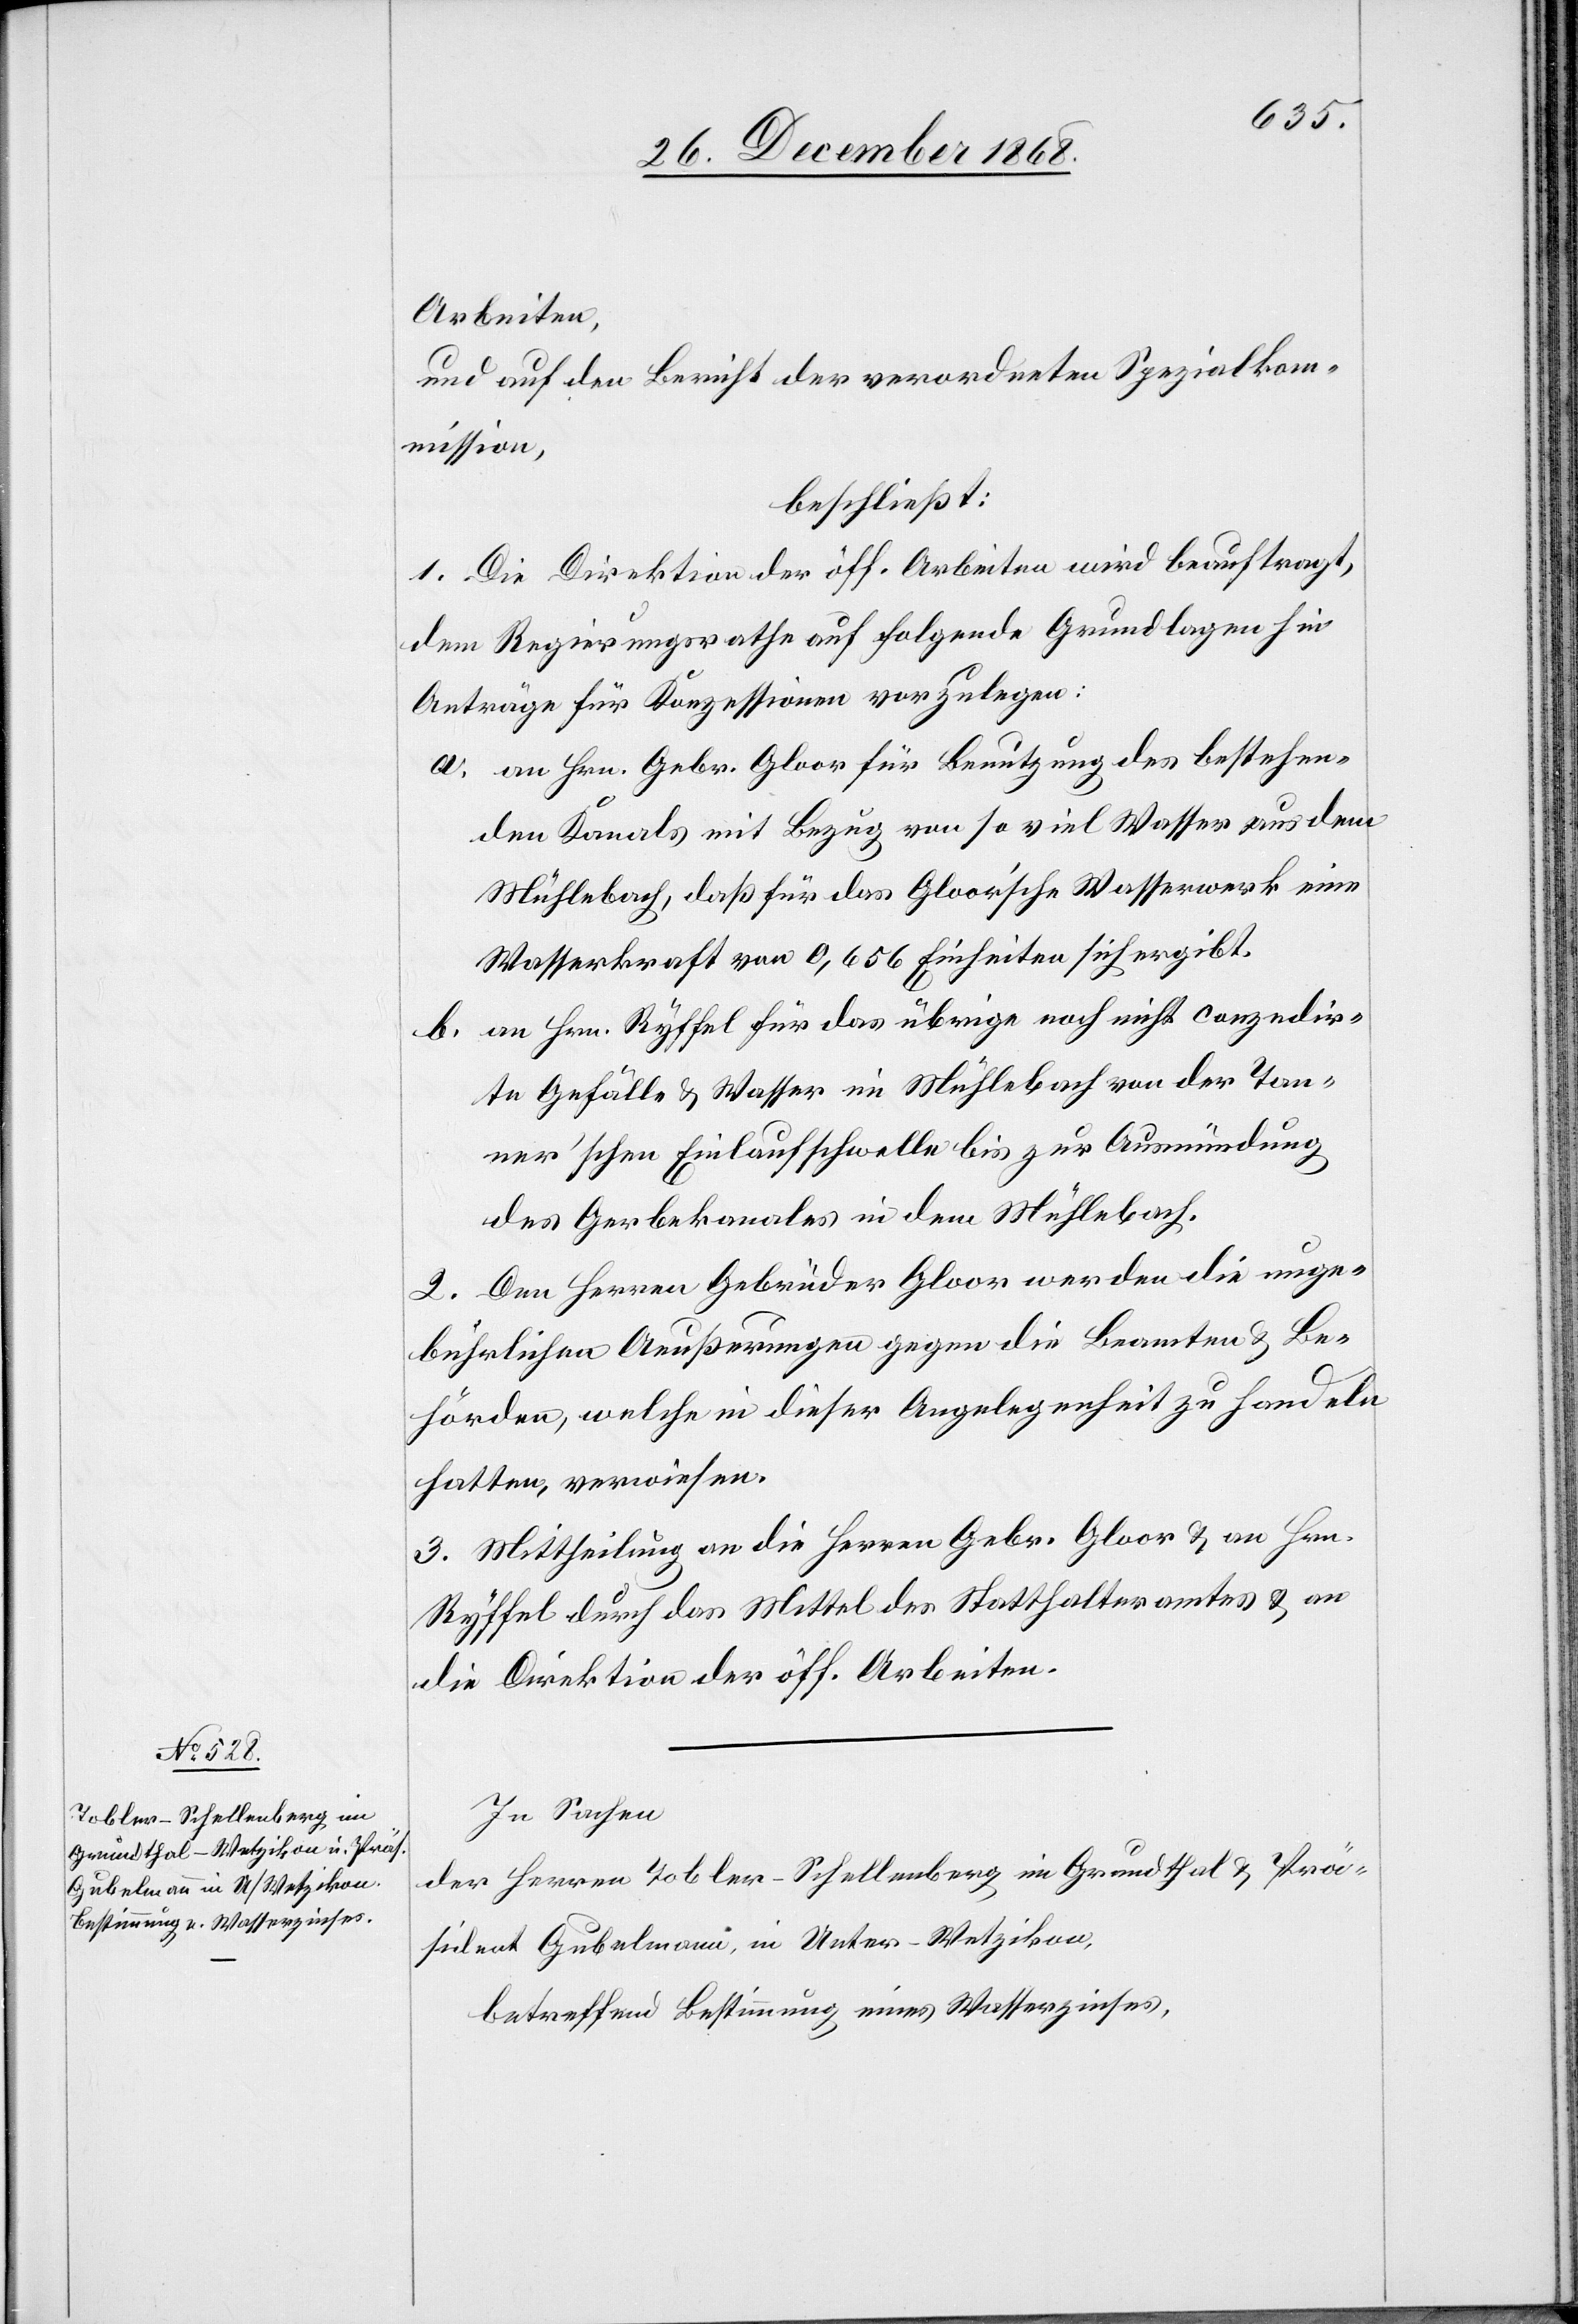
Arbeiten,
und auf den Bericht der verordneten Spezialkom¬
mission,
beschließt:
1. Die Direktion der öff. Arbeiten wird beauftragt,
dem Regierungsrathe auf folgende Grundlagen hin
Anträge für Konzessionen vorzulegen:
an Hrn. Gebr. Gloor für Benutzung des bestehen¬
den Kanals mit Bezug von so viel Wasser aus dem
Mühlebach, daß für das Gloor’sche Wasserwerk eine
Wasserkraft von 0,656 Einheiten sich ergibt.
an Hrn. Ryffel für das übrige noch nicht conzedir¬
te Gefälle & Wasser im Mühlebach von der Tan¬
ner’schen Einlaufschwelle bis zur Ausmündung
des Gerbekanales in dem Mühlebach.
2. Den Herren Gebrüder Gloor werden die unge¬
bührlichen Aeußerungen gegen die Beamten & Be¬
hörden, welche in dieser Angelegenheit zu handeln
hatten, verwiesen.
3. Mittheilung an die Herren Gebr. Gloor & an Hrn.
Ryffel durch das Mittel des Statthalteramtes & an
die Direktion der öff. Arbeiten.
In Sachen
der Herren Tobler-Schellenberg im Grundthal & Prä¬
sident Gubelmann, in Unter-Wetzikon,
betreffend Bestimmung eines Wasserzinses,